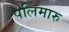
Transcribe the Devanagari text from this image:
पलिमारु